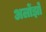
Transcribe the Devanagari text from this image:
अलोंझो